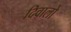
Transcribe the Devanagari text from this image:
दिवालो